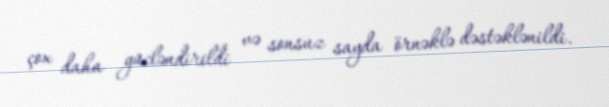
çox daha gücləndirildi və sonsuz sayda örnəklə dəstəklənildi.